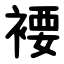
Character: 䙅